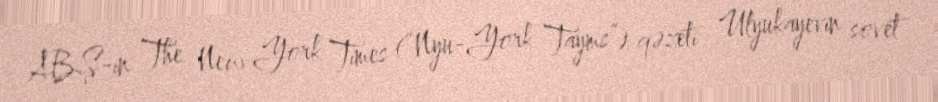
ABŞ-ın The New York Times (“Nyu-York Tayms”) qəzeti Ulyukayevin sovet